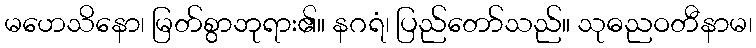
မဟေသိနော၊ မြတ်စွာဘုရား၏။ နဂရံ၊ ပြည်တော်သည်။ သုဓညဝတီနာမ၊